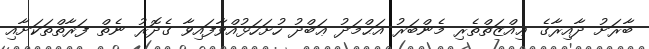
ބާރަށު ދާއިރާގެ ޢިއްޒަތްތެރި މެންބަރު އަޙްމަދު ޢަބްދު ހުށަހަޅުއްވާފައިވާ ގެދޮރު ނެތް ފަރާތްތަކަށާއި